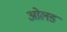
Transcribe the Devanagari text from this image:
ओलड